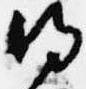
得